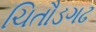
ચિતૌડગઢ